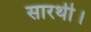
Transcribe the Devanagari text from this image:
सारथी।